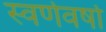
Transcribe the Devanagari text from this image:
स्वर्णवर्षा